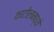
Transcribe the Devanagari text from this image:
काटोलमध्ये